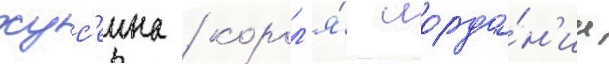
хус'еина / корол'я́ иорда́н'ии